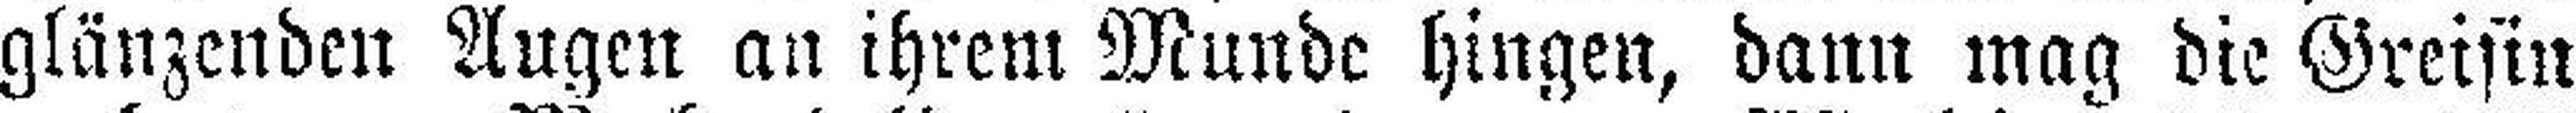
glänzenden Augen au ihrem Munde hingen, dann mag die Greisin